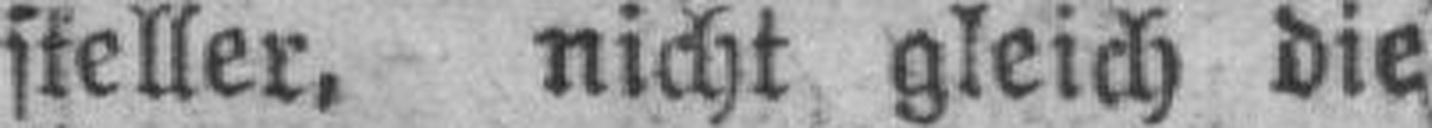
steller, nicht gleich die